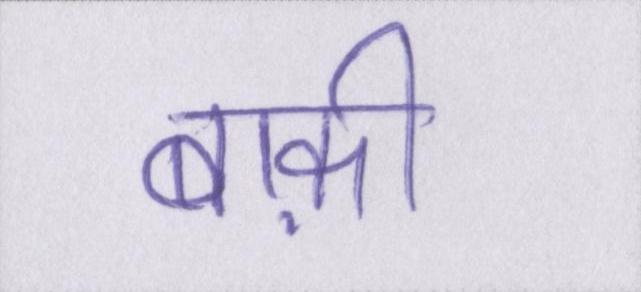
बाक़ी